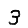
Digit: 3